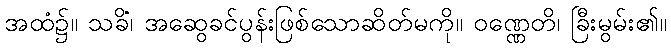
အထံ၌။ သခိံ၊ အဆွေခင်ပွန်းဖြစ်သောဆိတ်မကို။ ဝဏ္ဏေတိ၊ ခြီးမွမ်း၏။